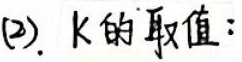
(2). $K$的取值：